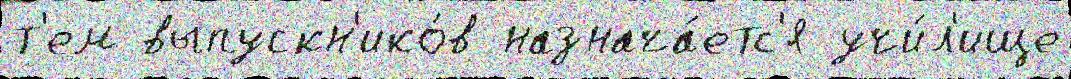
т'ем выпускн'ико́в назнача́етс'я учи́л'ище